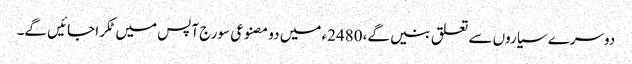
دوسرے سیاروں سے تعلق بنیں گے،2480ء میں دو مصنوعی سورج آپس میں ٹکرا جائیں گے۔